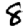
Digit: 8